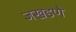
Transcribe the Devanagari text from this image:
जखडणे